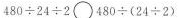
480{\div} 24{\div} 2\bigcirc 480{\div} (24{\div} 2)